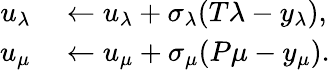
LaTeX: \begin{array}{rl}{u_{\lambda}}&{{}\leftarrow u_{\lambda}+\sigma_{\lambda}(T\lambda-y_{\lambda}),}\\ {u_{\mu}}&{{}\leftarrow u_{\mu}+\sigma_{\mu}(P\mu-y_{\mu}).}\end{array}